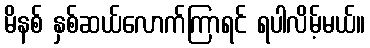
မိနစ် နှစ်ဆယ်လောက်ကြာရင် ရပါလိမ့်မယ်။